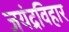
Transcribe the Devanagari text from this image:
जयंद्रविहार